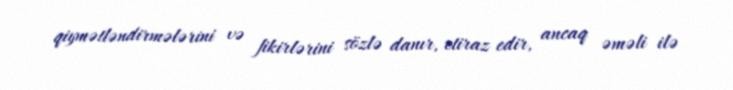
qiymətləndirmələrini və fikirlərini sözlə danır, etiraz edir, ancaq əməli ilə